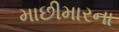
માછીમારના